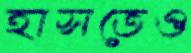
হাসতেও